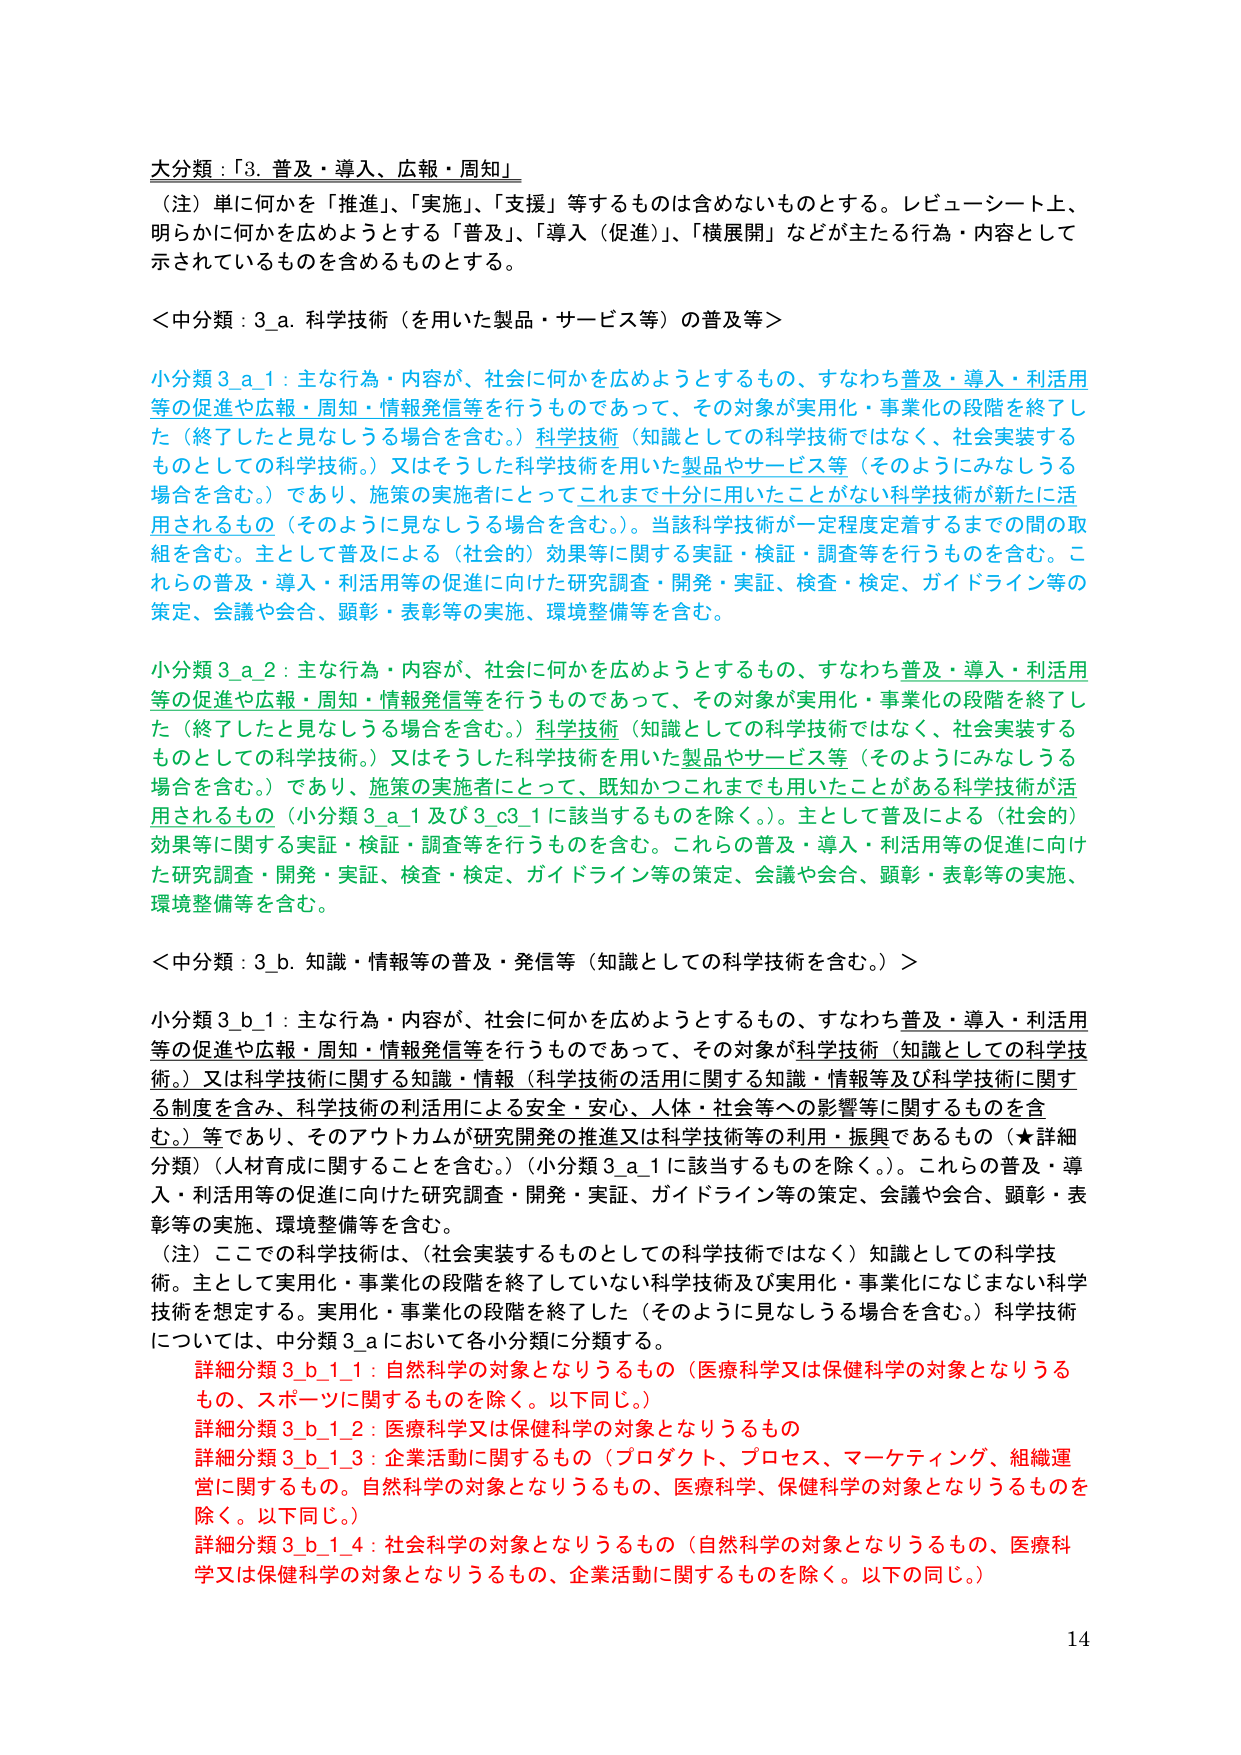
大分類：「3. 普及・導入、広報・周知」

（注）単に何かを「推進」、「実施」、「支援」等するものは含めないものとする。レピューシート上、明らかに何かを広めようとする「普及」、「導入（促進）」、「横展開」などが主たる行為・内容として示されているものを含めるものとする。

＜中分類：3.a. 科学技術（を用いた製品・サービス等）の普及等＞

小分類 3_a_1：主な行為・内容が、社会に何かを広めようとするもの、すなわち普及・導入・利活用等の促進や広報・周知・情報発信等を行うものであって、その対象が実用化・事業化の段階を終了した（終了したと見なしうる場合を含む。）科学技術（知識としての科学技術ではなく、社会実装するものとしての科学技術。）又はそうした科学技術を用いた製品やサービス等（そのようにみなしうる場合を含む。）であり、施策の実施者にとってこれまで十分に用いたことがない科学技術が新たに活用されるもの（そのように見なしうる場合を含む。）。当該科学技術が一定程度定着するまでの間の取組を含む。主として普及による（社会的）効果等に関する実証・検証・調査等を行うものを含む。これらの普及・導入・利活用等の促進に向けた研究調査・開発・実証、検査・検定、ガイドライン等の策定、会議や会合、顕彰・表彰等の実施、環境整備等を含む。

小分類 3_a_2：主な行為・内容が、社会に何かを広めようとするもの、すなわち普及・導入・利活用等の促進や広報・周知・情報発信等を行うものであって、その対象が実用化・事業化の段階を終了した（終了したと見なしうる場合を含む。）科学技術（知識としての科学技術ではなく、社会実装するものとしての科学技術。）又はそうした科学技術を用いた製品やサービス等（そのようにみなしうる場合を含む。）であり、施策の実施者にとって、既知かつこれまでにも用いたことがある科学技術が活用されるもの（小分類 3_a_1 及び 3_c3_1 に該当するものを除く。）。主として普及による（社会的）効果等に関する実証・検証・調査等を行うものを含む。これらの普及・導入・利活用等の促進に向けた研究調査・開発・実証、検査・検定、ガイドライン等の策定、会議や会合、顕彰・表彰等の実施、環境整備等を含む。

＜中分類：3.b. 知識・情報等の普及・発信等（知識としての科学技術を含む。）＞

小分類 3_b_1：主な行為・内容が、社会に何かを広めようとするもの、すなわち普及・導入・利活用等の促進や広報・周知・情報発信等を行うものであって、その対象が科学技術（知識としての科学技術。）又は科学技術に関する知識・情報（科学技術の活用に関する知識・情報等及び科学技術に関する制度を含み、科学技術の利活用による安全・安心、人体・社会等への影響等に関するものを含む。）等であり、そのアウトカムが研究開発の推進又は科学技術等の利用・振興であるもの（★詳細分類）（人材育成に関することを含む。）（小分類 3_a_1 に該当するものを除く。）。これらの普及・導入・利活用等の促進に向けた研究調査・開発・実証、ガイドライン等の策定、会議や会合、顕彰・表彰等の実施、環境整備等を含む。

（注）ここでの科学技術は、（社会実装するものとしての科学技術ではなく）知識としての科学技術。主として実用化・事業化の段階を終了していない科学技術及び実用化・事業化になじまない科学技術を想定する。実用化・事業化の段階を終了した（そのように見なしうる場合を含む。）科学技術については、中分類 3_a において各小分類に分類する。

詳細分類 3_b_1_1：自然科学の対象となりうるもの（医療科学又は保健科学の対象となりうるもの、スポーツに関するものを除く。以下同じ。）

詳細分類 3_b_1_2：医療科学又は保健科学の対象となりうるもの

詳細分類 3_b_1_3：企業活動に関するもの（プロダクト、プロセス、マーケティング、組織運営に関するもの。自然科学の対象となりうるもの、医療科学、保健科学の対象となりうものを除く。以下同じ。）

詳細分類 3_b_1_4：社会科学の対象となりうるもの（自然科学の対象となりうるもの、医療科学又は保健科学の対象となりうるもの、企業活動に関するものを除く。以下の同じ。）

14